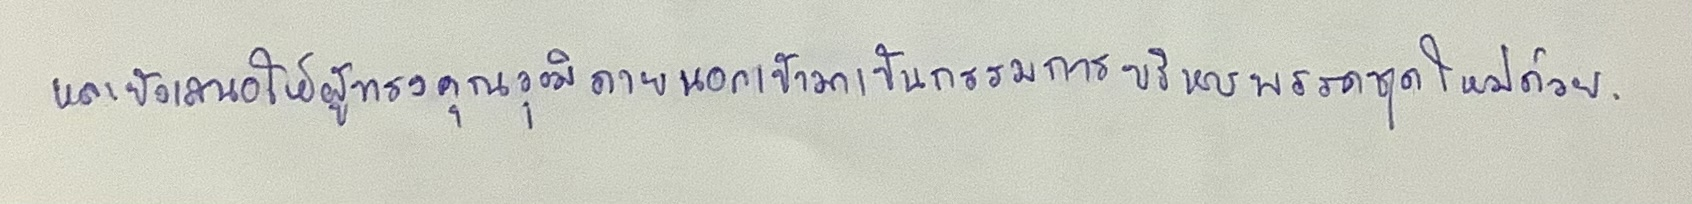
และยังเสนอให้ผู้ทรงคุณวุฒิภายนอกเข้ามาเป็นกรรมการบริหารพรรคชุดใหม่ด้วย